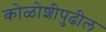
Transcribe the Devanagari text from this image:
कोळोशीपुढील